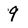
Character: 9